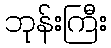
ဘုန်းကြီး